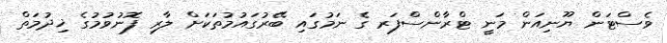
ވެސްޓަން ޔޫނިއަން މަނީ ޓްރާންސްފަރ ގެ ނަމުގައި ބޭރުގައުމުތަކަށް ލާރި ފޮނުވުމުގެ ޚިދުމަތް